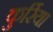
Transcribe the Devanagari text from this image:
कुर्रिया